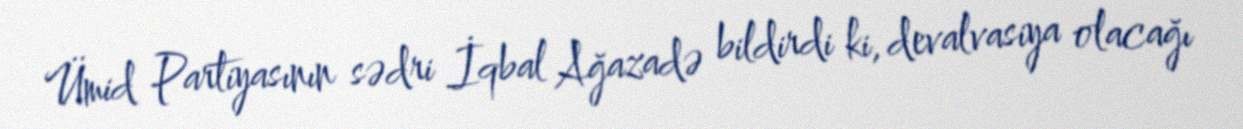
Ümid Partiyasının sədri İqbal Ağazadə bildirdi ki, devalvasiya olacağı